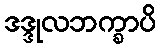
ဒဒ္ဒုလဘက္ခာပိ